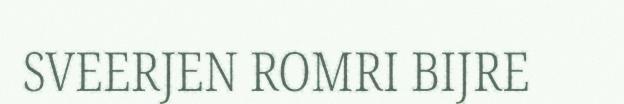
SVEERJEN ROMRI BIJRE